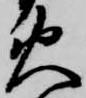
火